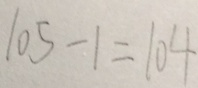
1 0 5 - 1 = 1 0 4